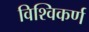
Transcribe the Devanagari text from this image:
विश्विकर्ण